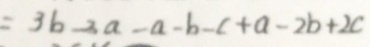
= 3 b - 3 a - a - b - c + a - 2 b + 2 c